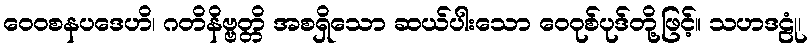
ဝေဝစနပဒေဟိ၊ ဂတိနိဗ္ဗတ္တိ အစရှိသော ဆယ်ပါးသော ဝေဝုစ်ပုဒ်တို့ဖြင့်။ သဟဒဠုံ၊